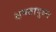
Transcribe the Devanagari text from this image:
क्षमतायुक्त